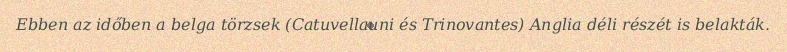
Ebben az időben a belga törzsek (Catuvellauni és Trinovantes) Anglia déli részét is belakták.